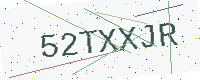
Text: 52TXXJR